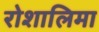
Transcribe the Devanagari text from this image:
रोशालिमा